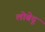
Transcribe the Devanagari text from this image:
लोबेदू